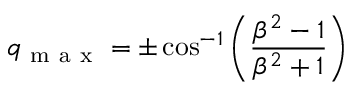
q _ { \mathrm { ~ m ~ a ~ x ~ } } = \pm \cos ^ { - 1 } \left( \frac { \beta ^ { 2 } - 1 } { \beta ^ { 2 } + 1 } \right)